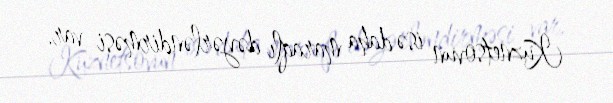
Kuznetsovun isə daha maraqlı dəyərləndirməsi var.